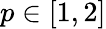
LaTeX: p\in[1,2]